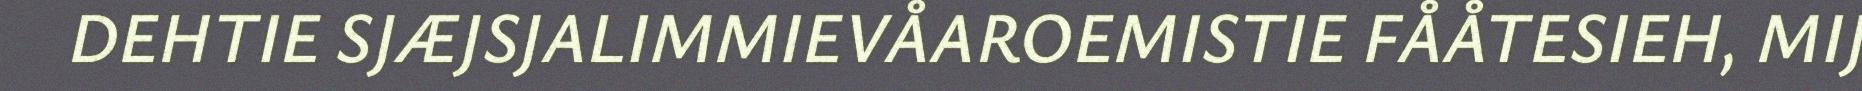
DEHTIE SJÆJSJALIMMIEVÅAROEMISTIE FÅÅTESIEH, MIJ